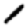
Digit: 1